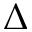
\Delta